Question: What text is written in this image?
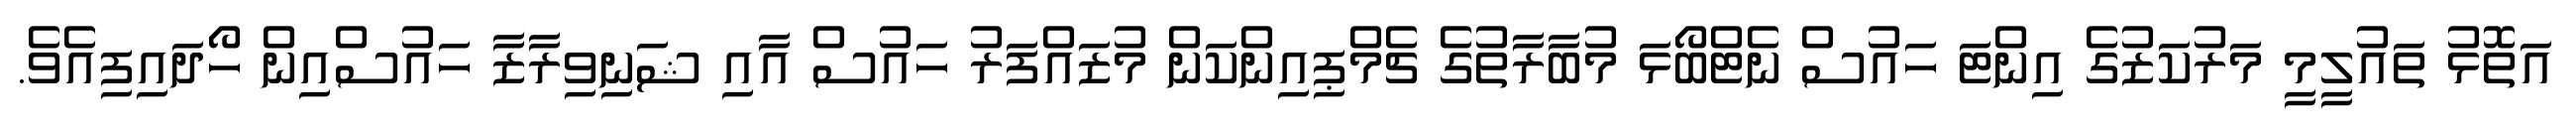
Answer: އަތޮޅު ތައުލީމީ މަރުކަޒުގެ އިންޓަ ހައުސް ނެޓްބޯޅަ މުބާރާތުގެ ޗެމްޕިއިންކަން މުޒައްފަރު ހައުސް އާއި ޝަނިވިރާޒާ ހައުސްއިން ހޯދައިފިއެވެ.